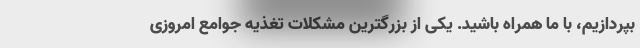
بپردازیم، با ما همراه باشید. یکی از بزرگترین مشکلات تغذیه جوامع امروزی